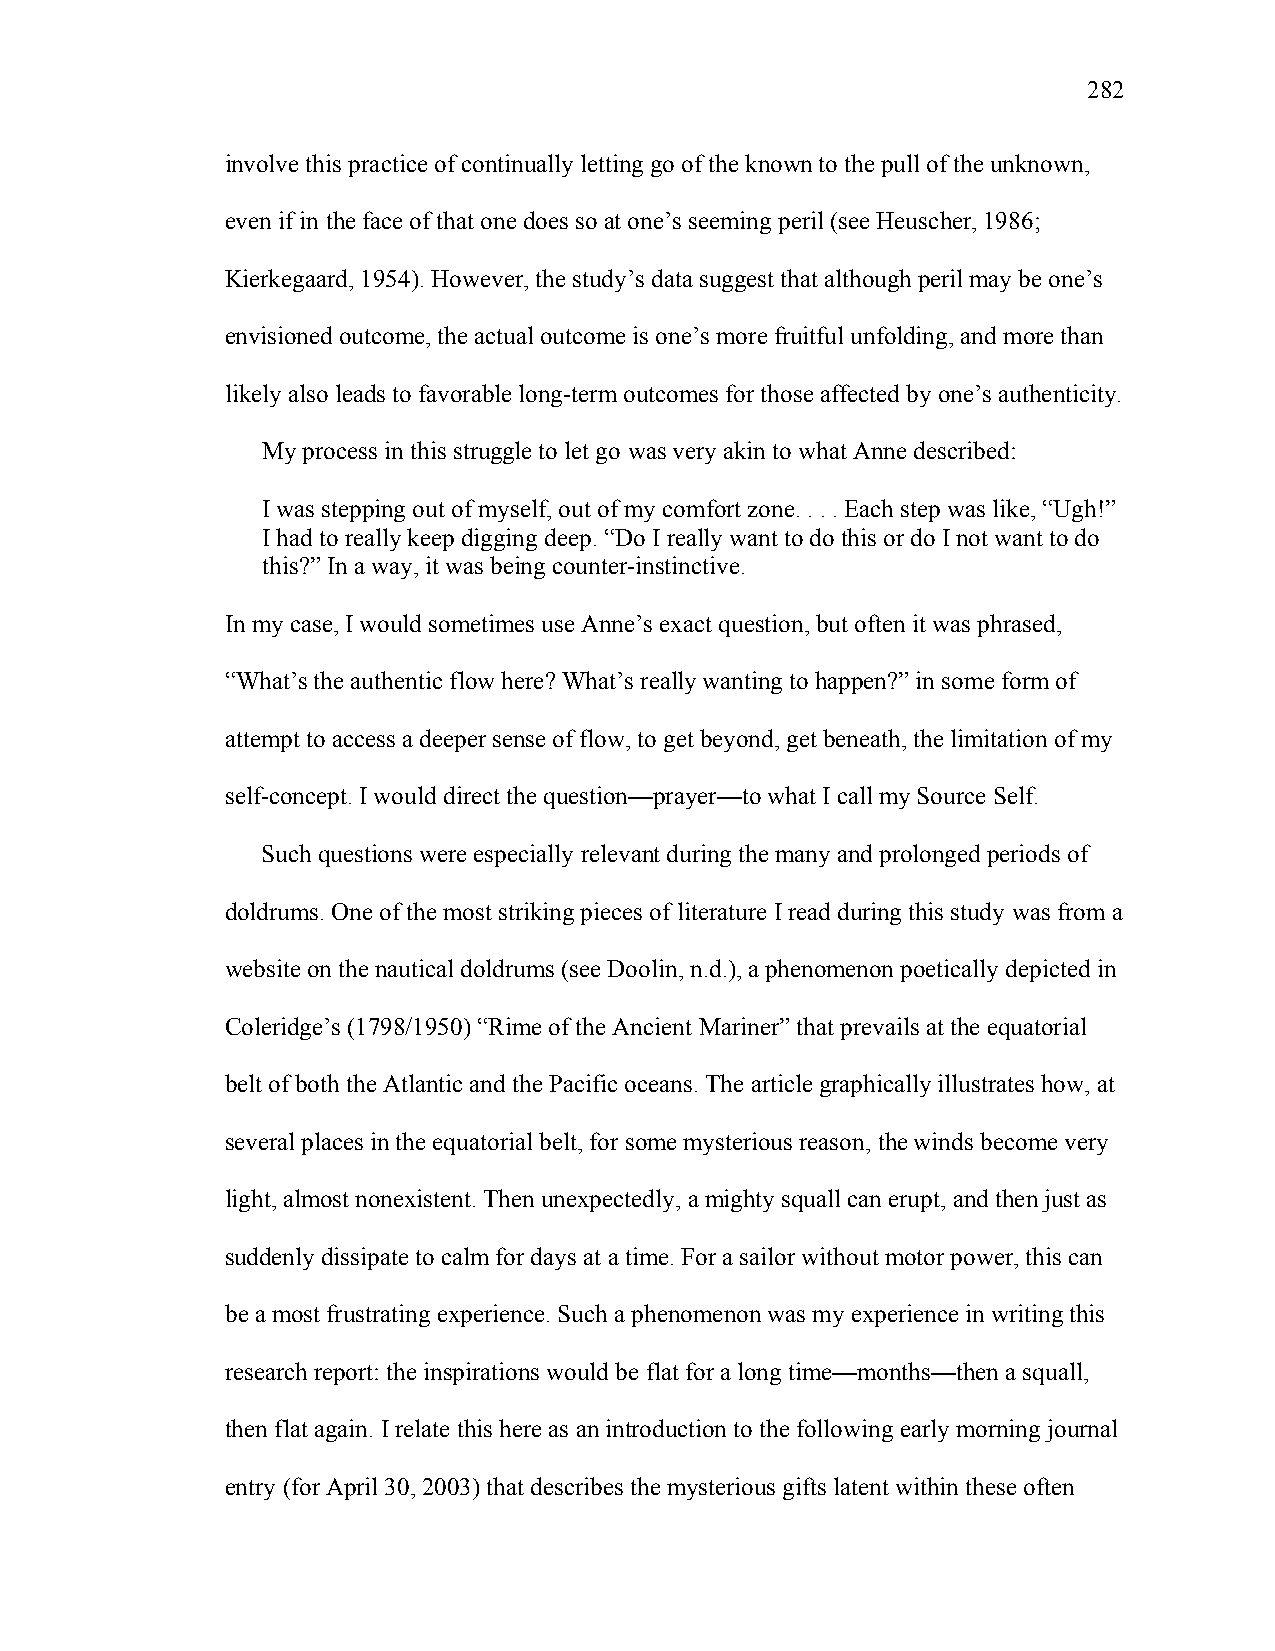
282
 involve this practice of continually letting go of the known to the pull of the unknown,
 even if in the face of that one does so at one’s seeming peril (see Heuscher, 1986;
 Kierkegaard, 1954). However, the study’s data suggest that although peril may be one’s
 envisioned outcome, the actual outcome is one’s more fruitful unfolding, and more than
 likely also leads to favorable long-term outcomes for those affected by one’s authenticity.
 My process in this struggle to let go was very akin to what Anne described:
 I was stepping out of myself, out of my comfort zone. . . . Each step was like, “Ugh!”
 I had to really keep digging deep. “Do I really want to do this or do I not want to do
 this?” In a way, it was being counter-instinctive.
 In my case, I would sometimes use Anne’s exact question, but often it was phrased,
 “What’s the authentic flow here? What’s really wanting to happen?” in some form of
 attempt to access a deeper sense of flow, to get beyond, get beneath, the limitation of my
 self-concept. I would direct the question—prayer—to what I call my Source Self.
 Such questions were especially relevant during the many and prolonged periods of
 doldrums. One of the most striking pieces of literature I read during this study was from a
 website on the nautical doldrums (see Doolin, n.d.), a phenomenon poetically depicted in
 Coleridge’s (1798/1950) “Rime of the Ancient Mariner” that prevails at the equatorial
 belt of both the Atlantic and the Pacific oceans. The article graphically illustrates how, at
 several places in the equatorial belt, for some mysterious reason, the winds become very
 light, almost nonexistent. Then unexpectedly, a mighty squall can erupt, and then just as
 suddenly dissipate to calm for days at a time. For a sailor without motor power, this can
 be a most frustrating experience. Such a phenomenon was my experience in writing this
 research report: the inspirations would be flat for a long time—months—then a squall,
 then flat again. I relate this here as an introduction to the following early morning journal
 entry (for April 30, 2003) that describes the mysterious gifts latent within these often